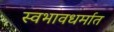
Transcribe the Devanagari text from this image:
स्वभावधर्मात